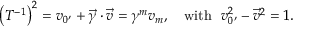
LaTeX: \left( T ^ { - 1 } \right) ^ { 2 } = v _ { 0 ^ { \prime } } + \vec { \gamma } \cdot \vec { v } = \gamma ^ { m } v _ { m } , \quad \mathrm { { w i t h \, \, \, \, } } v _ { 0 ^ { \prime } } ^ { 2 } - \vec { v } ^ { 2 } = 1 . \mathrm { { \, } }